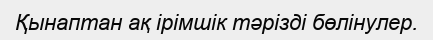
Қынаптан ақ ірімшік тәрізді бөлінулер.